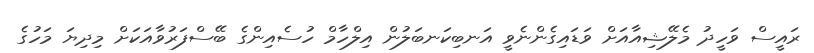
ރައީސް ވަހީދު މެލޭޝިއާއަށް ވަޑައިގެންނެވީ އަނބިކަނބަލުން އިލްހާމް ހުސެއިންގެ ބޭސްފަރުވާއަކަށް މިދިޔަ މަހުގެ